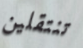
تنتقلين